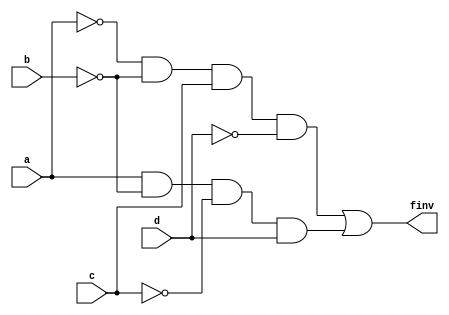
module test2(finv,a,b,c,d); 
 input a,b,c,d; 
 output finv; 
 not inv1(ainv,a); 
 not inv2(binv,b); 
 not inv3(dinv,d); 
 not inv4(cinv,c); 
 and and1(abdinvc,ainv,binv,c,dinv); 
 and and2(inv1,a,binv,cinv,d); 
 or or1(finv,abdinvc,inv1); 
endmodule